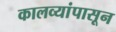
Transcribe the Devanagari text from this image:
कालव्यांपासून